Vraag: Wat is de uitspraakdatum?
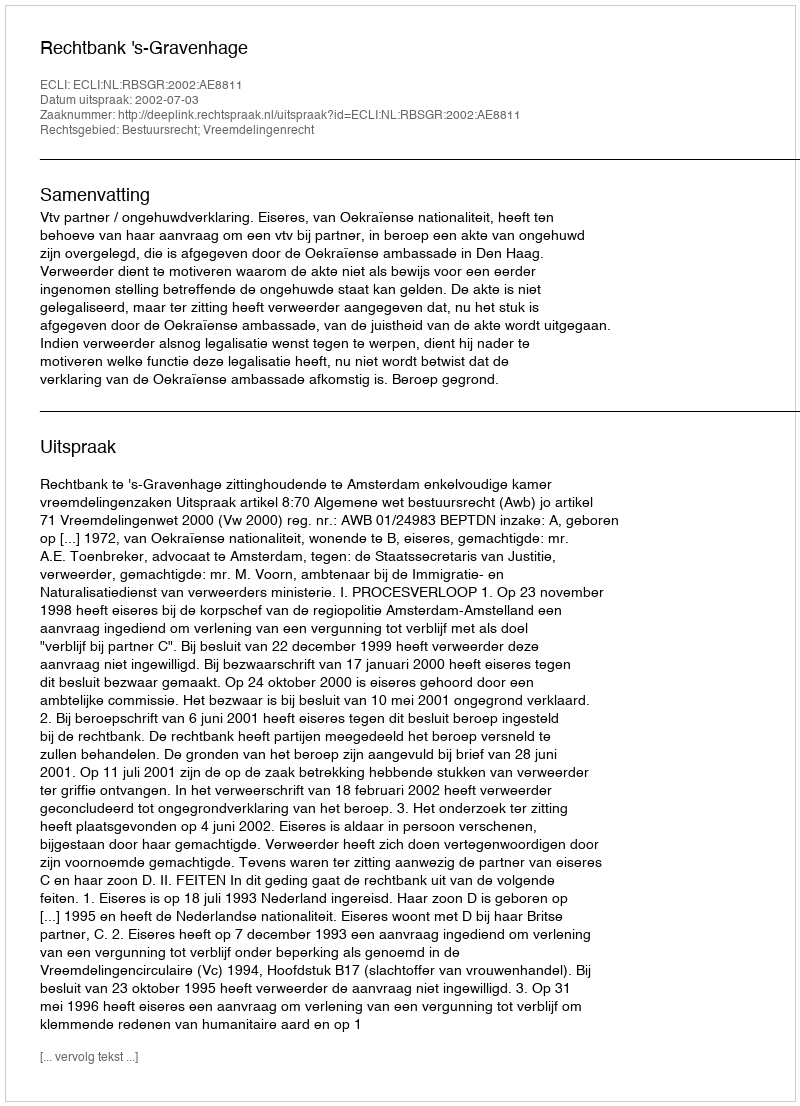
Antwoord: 2002-07-03